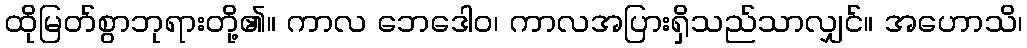
ထိုမြတ်စွာဘုရားတို့၏။ ကာလ ဘေဒေါဝ၊ ကာလအပြားရှိသည်သာလျှင်။ အဟောသိ၊